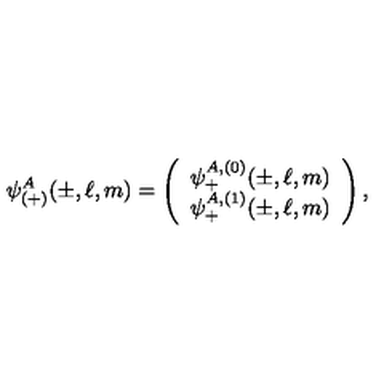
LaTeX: \psi _ { ( + ) } ^ { A } ( \pm , \ell , m ) = \left( \begin{array} { c } { \psi _ { + } ^ { A , ( 0 ) } ( \pm , \ell , m ) } \\ { \psi _ { + } ^ { A , ( 1 ) } ( \pm , \ell , m ) } \\ \end{array} \right) ,